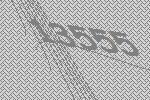
13555